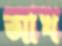
আখ